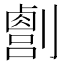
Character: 𫦛